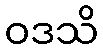
ဝဒသိ